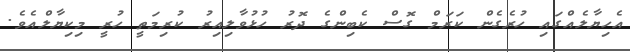
އެހިޔާލެއްގައި ހުރެގެން ކަރަމް ގޮސް ކެބިންގެ ދޮރު ހުޅުވާލިއިރު ކުރިމަތީ ހުރީ މިކިޔާލްއެވެ.